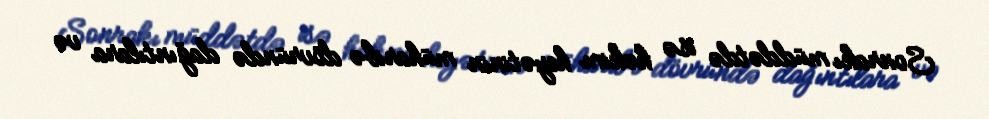
Sonrakı müddətdə isə həkim heyətinin müharibə dövründə dağıntılara və